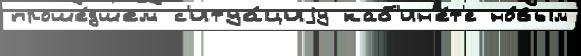
проше́дшем с'итуа́циjу каб'ин'е́т'е но́вым